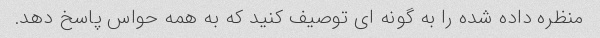
منظره داده شده را به گونه ای توصیف کنید که به همه حواس پاسخ دهد.